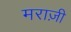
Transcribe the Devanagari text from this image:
मराज़ी